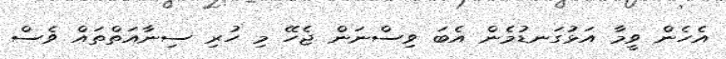
އެހެން ވީމާ އަޅުގަނޑުމެން އެބަ ވިސްނަން ޖެހޭ މި ހުރި ސިނާއަތްތައް ވެސް